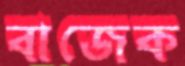
বাজেক